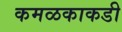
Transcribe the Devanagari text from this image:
कमळकाकडी